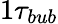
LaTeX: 1\tau_{bub}